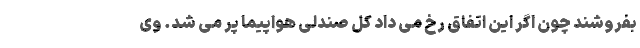
بفروشند چون اگر این اتفاق رخ می داد کل صندلی هواپیما پُر می شد. وی